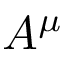
A ^ { \mu }